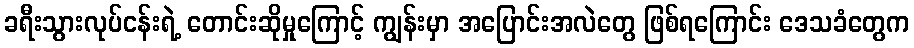
ခရီးသွားလုပ်ငန်းရဲ့ တောင်းဆိုမှုကြောင့် ကျွန်းမှာ အပြောင်းအလဲတွေ ဖြစ်ရကြောင်း ဒေသခံတွေက